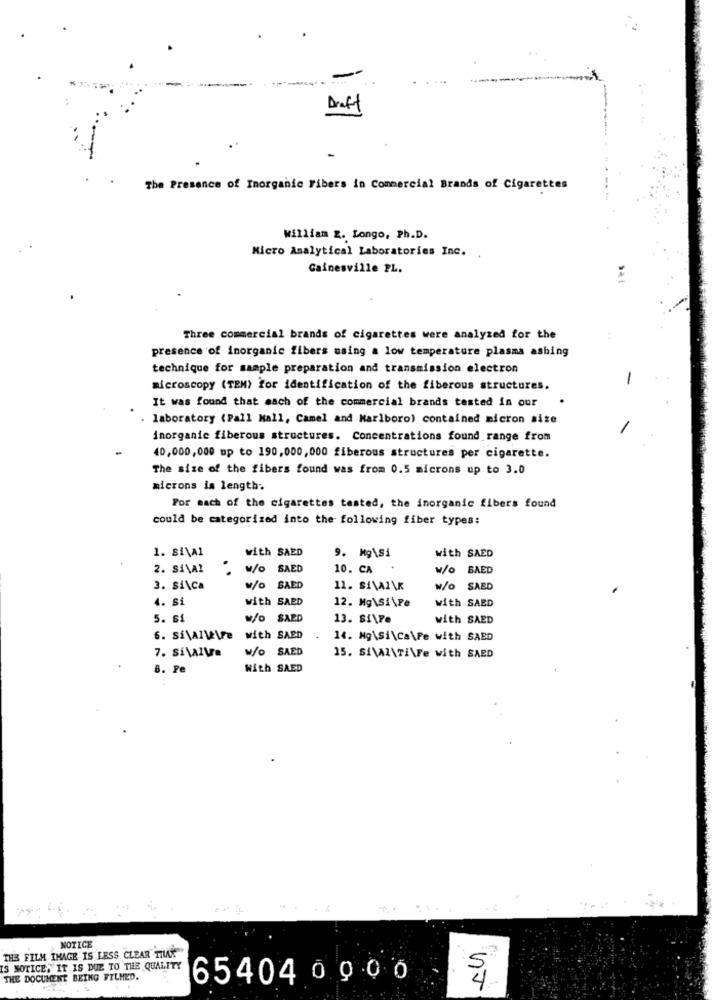
Draft
The Presence of Inorganic Fibers in Commercial Brands of Cigarettes
William Z. Longo, Ph.D.
Micro Analytical Laboratories Inc. ,
Gainesville PL.
Three commercial brands of cigarettes were analyzed for the
presence of inorganic fibers using a low temperature plasma ashing
technique for sample preparation and transmission electron
-
microscopy (TEM) For identification of the fiberous structures.
It was found that each of the commercial brands tested in our
laboratory (Pall Mall, Camel and Marlboro) contained micron size
inorganic fiberous structures. Concentrations found range from
40,000,000 up to 190,000,000 fiberous structures per cigarette.
The size of the fibers found was from 0.5 microns up to 3.0
microns is length.
For each of the cigarettes tested, the inorganic fibers found
could be categorized into the following fiber types:
1. 8i\Al
with SAED
with SAED
9. Mg\Si
2. Si\Al
W/O SAED
10. CA
w/O BAED
3. SACA
w/O SAED
11. SIVAZAR
w/O SAED
4. Si
with SAED
12. Mg\Si\Pe
with SAED
5. si
W/O SAED
13. Si\Pe
with SAED
with SAED
14. Mg\si\Ca\Pe with SAED
W/O SAED
7. SÉVAIVE
15. SiVAI\Ti\Fe with SAED
6. Fe
With SAED
NOTICE
THE FILM IMAGE IS LESS CLEAR TILLE
IS NOTICE, IT IS DUE TO THE QUALITY
THE DOCUMENT BEING FILMED.
654040000